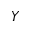
Y